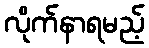
လိုက်နာရမည့်